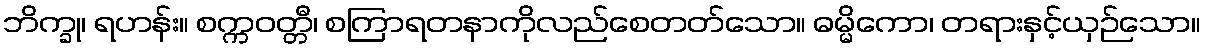
ဘိက္ခု၊ ရဟန်း။ စက္ကဝတ္တီ၊ စကြာရတနာကိုလည်စေတတ်သော။ ဓမ္မိကော၊ တရားနှင့်ယှဉ်သော။